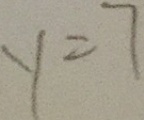
y = 7